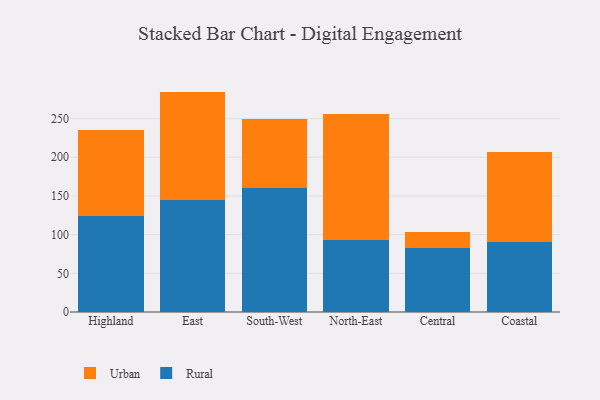
{"axis": {"x": "Region", "y": "Demand Index"}, "legend": ["Rural", "Urban"], "data": [{"x": "Highland", "y": 124.1, "type": "Rural"}, {"x": "Highland", "y": 111.8, "type": "Urban"}, {"x": "East", "y": 144.9, "type": "Rural"}, {"x": "East", "y": 140.0, "type": "Urban"}, {"x": "South-West", "y": 160.6, "type": "Rural"}, {"x": "South-West", "y": 89.3, "type": "Urban"}, {"x": "North-East", "y": 93.5, "type": "Rural"}, {"x": "North-East", "y": 162.7, "type": "Urban"}, {"x": "Central", "y": 82.4, "type": "Rural"}, {"x": "Central", "y": 21.4, "type": "Urban"}, {"x": "Coastal", "y": 91.0, "type": "Rural"}, {"x": "Coastal", "y": 116.0, "type": "Urban"}]}